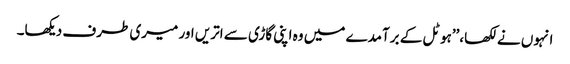
انہوں نے لکھا،’’ہوٹل کے برآمدے میں وہ اپنی گاڑی سے اتریں اور میری طرف دیکھا۔